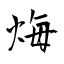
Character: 烸